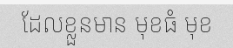
ដែលខ្លួនមាន មុខធំ មុខ